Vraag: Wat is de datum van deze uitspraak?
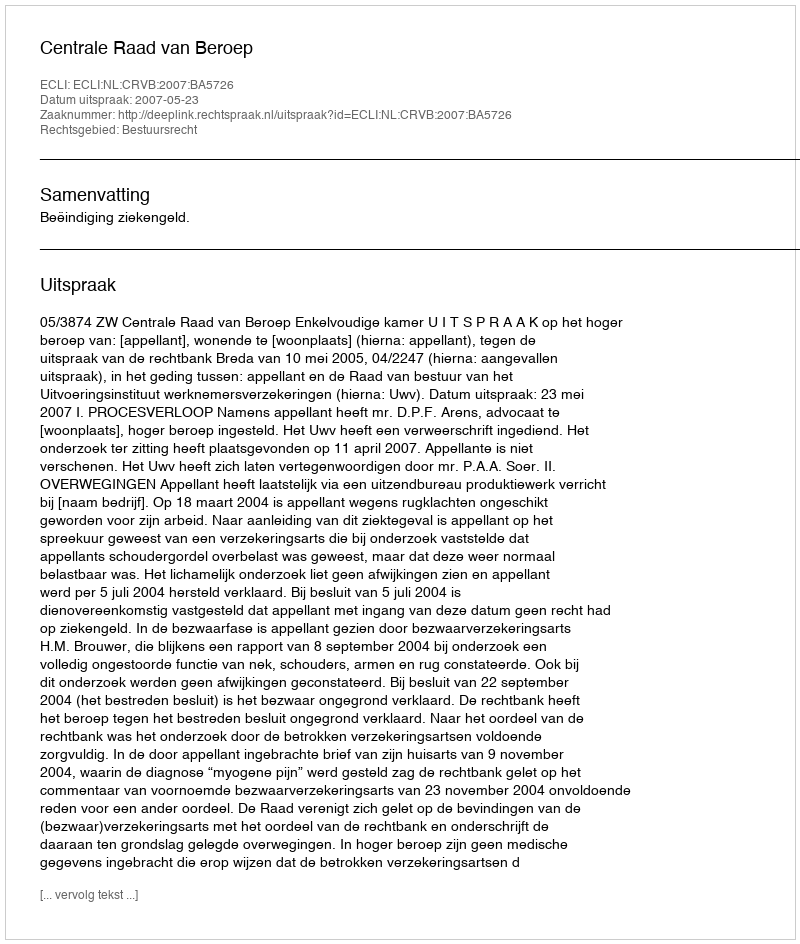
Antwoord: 2007-05-23